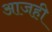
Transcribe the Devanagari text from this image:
अाजही